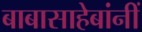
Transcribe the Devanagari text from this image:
बाबासाहेबांनीं